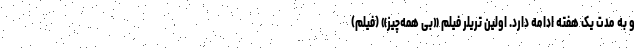
و به مدت یک هفته ادامه دارد. اولین تریلر فیلم «بی همه‌چیز» (فیلم)